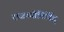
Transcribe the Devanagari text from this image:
राजज्योतिर्विद्